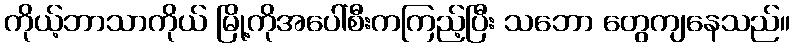
ကိုယ့်ဘာသာကိုယ် မြို့ကိုအပေါ်စီးကကြည့်ပြီး သဘော တွေကျနေသည်။